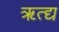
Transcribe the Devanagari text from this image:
ॠत्द्य